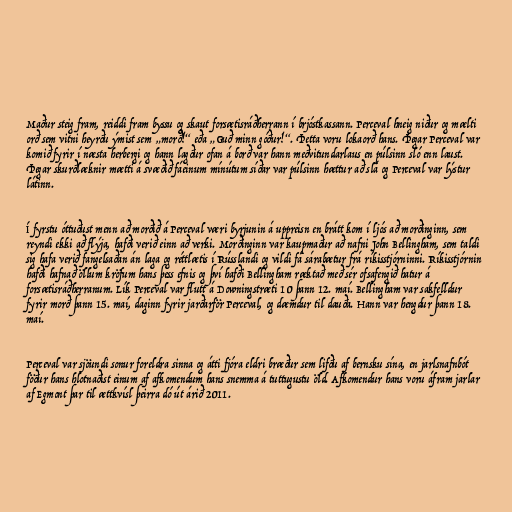
Maður steig fram, reiddi fram byssu og skaut forsætisráðherrann í brjóstkassann. Perceval hneig niður og mælti
orð sem vitni heyrðu ýmist sem „morð!“ eða „Guð minn góður!“. Þetta voru lokaorð hans. Þegar Perceval var
komið fyrir í næsta herbergi og hann lagður ofan á borð var hann meðvitundarlaus en púlsinn sló enn laust.
Þegar skurðlæknir mætti á svæðið fáeinum mínútum síðar var púlsinn hættur að slá og Perceval var lýstur
látinn.

Í fyrstu óttuðust menn að morðið á Perceval væri byrjunin á uppreisn en brátt kom í ljós að morðinginn, sem
reyndi ekki að flýja, hafði verið einn að verki. Morðinginn var kaupmaður að nafni John Bellingham, sem taldi
sig hafa verið fangelsaðan án laga og réttlætis í Rússlandi og vildi fá sárabætur frá ríkisstjórninni. Ríkisstjórnin
hafði hafnað öllum kröfum hans þess efnis og því hafði Bellingham ræktað með sér ofsafengið hatur á
forsætisráðherranum. Lík Perceval var flutt á Downingstræti 10 þann 12. maí. Bellingham var sakfelldur
fyrir morð þann 15. maí, daginn fyrir jarðarför Perceval, og dæmdur til dauða. Hann var hengdur þann 18.
maí.

Perceval var sjöundi sonur foreldra sinna og átti fjóra eldri bræður sem lifðu af bernsku sína, en jarlsnafnbót
föður hans hlotnaðist einum af afkomendum hans snemma á tuttugustu öld. Afkomendur hans voru áfram jarlar
af Egmont þar til ættkvísl þeirra dó út árið 2011.